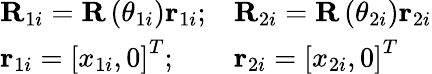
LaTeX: \begin{array}{r}{\begin{array}{lll}{\mathbf{R}_{1i}=\mathbf{R}\left(\theta_{1i}\right)\mathbf{r}_{1i};}&{\mathbf{R}_{2i}=\mathbf{R}\left(\theta_{2i}\right)\mathbf{r}_{2i}}\\ {\mathbf{r}_{1i}=\left[x_{1i},0\right]^{T};}&{\mathbf{r}_{2i}=\left[x_{2i},0\right]^{T}}\end{array}}\end{array}